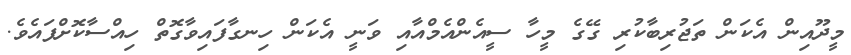
މީދޫއިން އެކަން ތަޖުރިބާކުރި ގޭގެ މީހާ ސީއެންއެމްއާއި ވަނީ އެކަން ހިނގާފައިވާގޮތް ހިއްސާކޮށްފައެވެ.